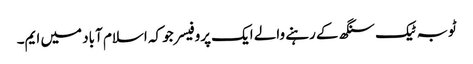
ٹوبہ ٹیک سنگھ کے رہنے والے ایک پروفیسر جو کہ اسلام آباد میں ایم۔